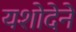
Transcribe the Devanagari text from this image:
यशोदेने